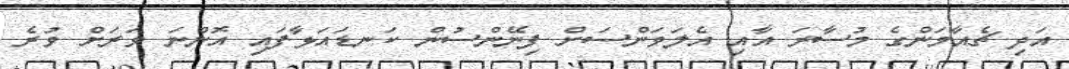
އަދި ޗެއާމަންގެ މުސާރަ އާއި އެލަވަންސަށް ފިނޭންސުން ކަނޑައަޅާފައި އޮންނަ ވަރަށް ވުރެ